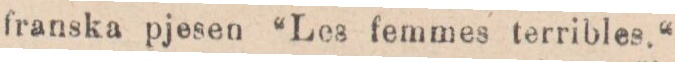
franska pjesen ”Les femmes terribles.“